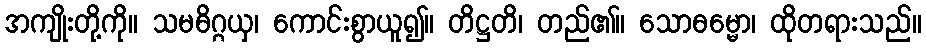
အကျိုးတို့ကို။ သမဓိဂ္ဂယှ၊ ကောင်းစွာယူ၍။ တိဋ္ဌတိ၊ တည်၏။ သောဓမ္မော၊ ထိုတရားသည်။